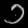
Digit: ၁